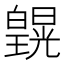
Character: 皩